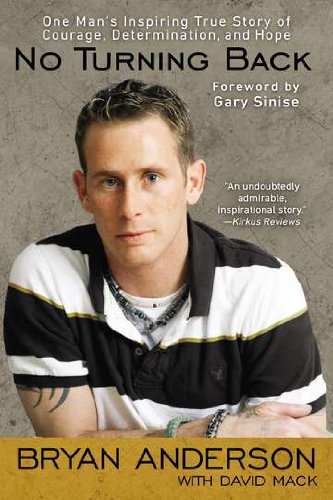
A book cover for No Turning Back: One Man's Inspiring True Story of Courage, Determination, and Hope; Bryan Anderson; Health, Fitness & Dieting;